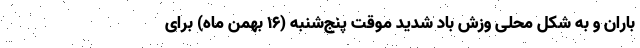
باران و به شکل محلی وزش باد شدید موقت پنج‌شنبه (۱۶ بهمن ماه) برای